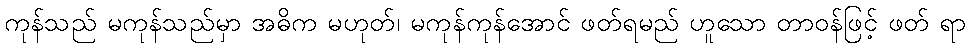
ကုန်သည် မကုန်သည်မှာ အဓိက မဟုတ်၊ မကုန်ကုန်အောင် ဖတ်ရမည် ဟူသော တာဝန်ဖြင့် ဖတ် ရာ